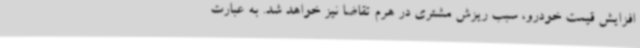
افزایش قیمت خودرو، سبب ریزش مشتری در هرم تقاضا نیز خواهد شد. به عبارت